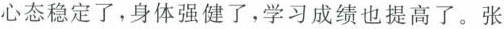
心态稳定了，身体强健了，学习成绩也提高了。张